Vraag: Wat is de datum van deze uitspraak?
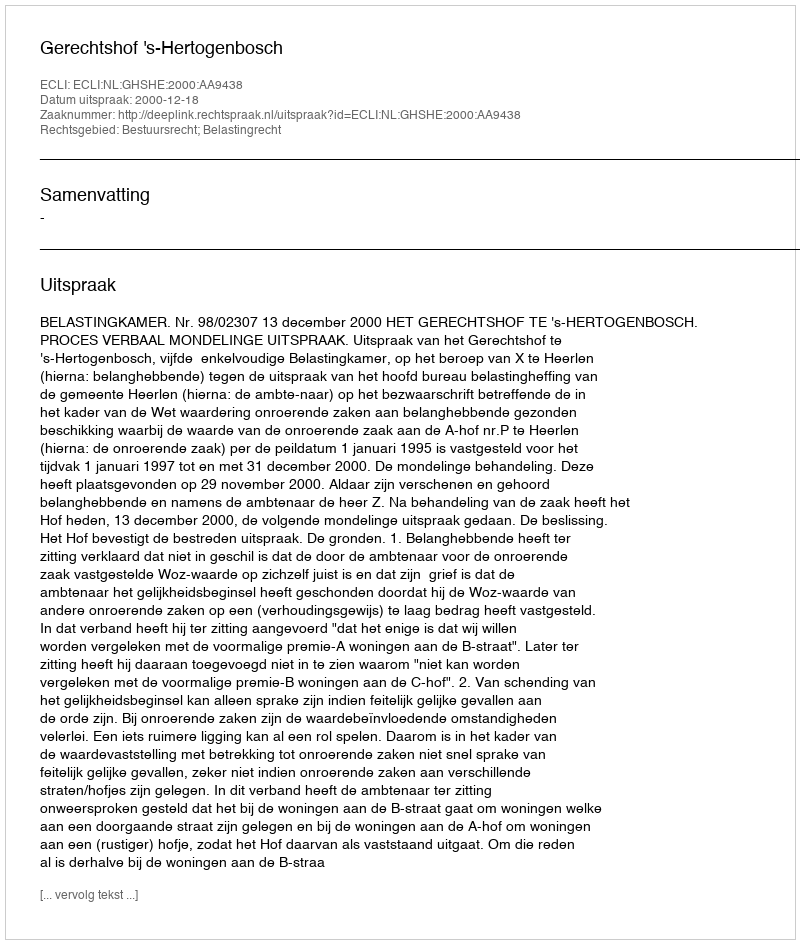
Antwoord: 2000-12-18